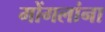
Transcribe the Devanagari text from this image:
मोंगलांना